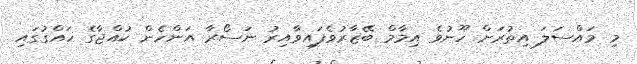
މި މައްސަލަ އިތުރަށް ހޫނުވެ އިމާމް ބޭޒާރުވެފައިވާއިރު ނަސޯރާ އަންހެން ކުއްޖާގެ ހައްގުގައި